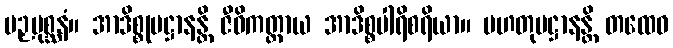
ပဉှပုစ္ဆနံ။ အာဒိစ္စုပဋ္ဌာနန္တိ ဇီဝိကတ္ထာယ အာဒိစ္စပါရိစရိယာ။ မဟတုပဋ္ဌာနန္တိ တထေဝ